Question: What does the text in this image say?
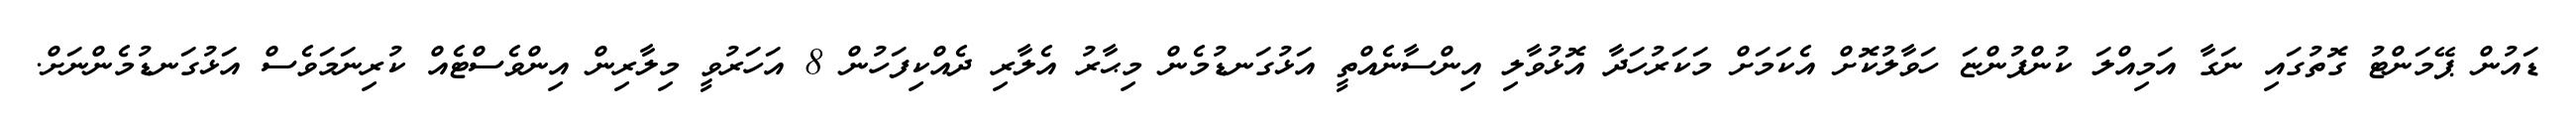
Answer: ޑައުން ޕޭމަންޓު ގޮތުގައި ނަގާ އަމިއްލަ ކުންފުންޏަ ހަވާލުކޮށް އެކަމަށް މަކަރުހަދާ އޮޅުވާލި އިންސާނެއްތީ އަޅުގަނޑުމެން މިޙާރު އެލާރި ދެއްކިފަހުން 8 އަހަރުވީ މިލާރިން އިންވެސްޓެއް ކުރިނަމަވެސް އަޅުގަނޑުމެންނަށް.